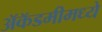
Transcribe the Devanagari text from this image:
अॅकॅडमीमध्ये